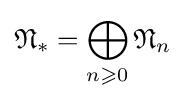
{\mathfrak {N}}_{*}=\bigoplus _{n\geqslant 0}{\mathfrak {N}}_{n}